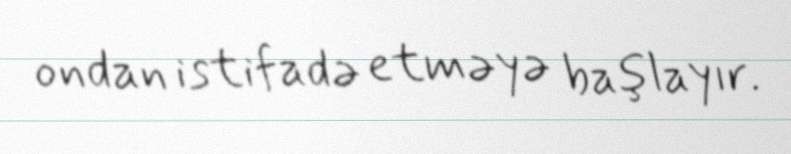
ondan istifadə etməyə başlayır.